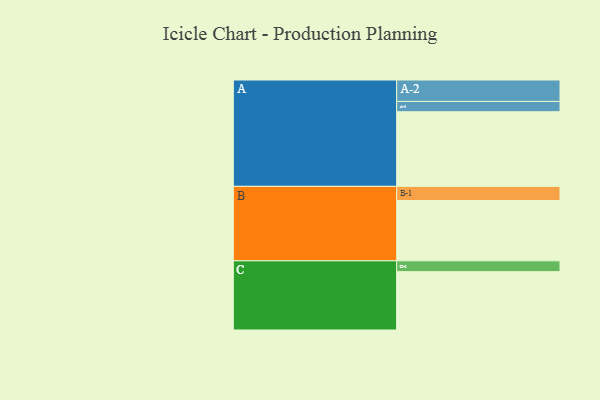
{"axis": {"x": "Segment", "y": "Value"}, "legend": ["", "A", "B", "C"], "data": [{"x": "A", "y": 550, "type": ""}, {"x": "B", "y": 444, "type": ""}, {"x": "C", "y": 430, "type": ""}, {"x": "A-1", "y": 76, "type": "A"}, {"x": "A-2", "y": 158, "type": "A"}, {"x": "B-1", "y": 105, "type": "B"}, {"x": "C-1", "y": 80, "type": "C"}]}